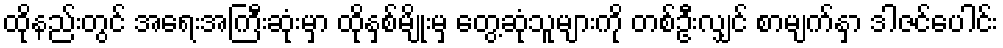
ထိုနည်းတွင် အရေးအကြီးဆုံးမှာ ထိုနှစ်မျိုးမှ တွေ့ဆုံသူများကို တစ်ဦးလျှင် စာမျက်နှာ ဒါဇင်ပေါင်း